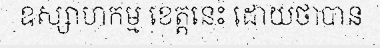
ឧស្សាហកម្ម ខេត្តនេះ ដោយថាបាន